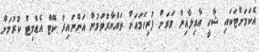
އެކަމަށްޓަކައި ޝާހީ އާއިލާއިން ވަރަށް ފުރިހަމައަށް ތައްޔާރުވަމުން އަންނައިރު ކޭޓް އެޑްމިޓް ކުރުމަށް